Preparation of a safe and efficient antirabic vaccine - Number 44
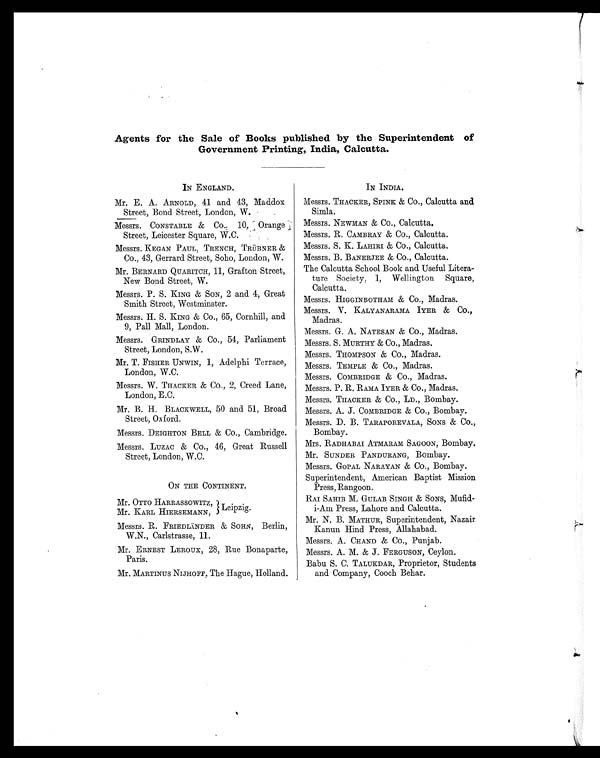
Agents for the Sale of Books published by the Superintendent of
Government Printing, India, Calcutta.
IN ENGLAND.
Mr. E. A. ARNOLD, 41 and 43, Maddox
Street, Bond Street, London, W.
Messrs. CONSTABLE & Co. 10, Orange
Street, Leicester Square, W.C.
Messrs. KEGAN PAUL, TRENCH, TRÜBNER &
Co., 43, Gerrard Street, Soho, London, W.
Mr. BERNARD QUARITCH, 11, Grafton Street,
New Bond Street, W.
Messrs. P. S. KING & SON, 2 and 4, Great
Smith Street, Westminster.
Messrs. H. S. KING & CO., 65, Cornhill, and
9, Pall Mall, London.
Messrs. GRINDLAY & Co., 54, Parliament
Street, London, S.W.
Mr. T. FISHER UNWIN, 1, Adelphi Terrace,
London, W.C.
Messrs. W. THACKER & Co., 2, Creed Lane,
London, E.C.
Mr. B. H. BLACKWELL, 50 and 51, Broad
Street, Oxford.
Messrs. DEIGHTON BELL & CO., Cambridge.
Messrs. LUZAC & Co., 46, Great Russell
Street, London, W.C.
ON THE CONTINENT.
Mr. OTTO HARRASSOWITZ, Leipzig.
Mr. KARL HIERSEMANN,
Messrs. R. FRIEDLÄNDER & SOHN, Berlin,
W.N., Carlstrasse, 11.
Mr. ERNEST LEROUX, 28, Rue Bonaparte,
Paris.
Mr. MARTINUS NIJHOFF The Hague, Holland.
IN INDIA.
Messrs. THACKER, SPINK & CO., Calcutta and
Simla.
Messrs. NEWMAN & Co., Calcutta.
Messrs. R. CAMBRAY & Co., Calcutta.
Messrs. S. K. LAHIRI & CO., Calcutta.
Messrs. B. BANERJEE & CO., Calcutta.
The Calcutta School Book and Useful Litera-
ture Society, 1, Wellington Square,
Calcutta.
Messrs. HIGGINBOTHAM & CO., Madras.
Messrs. V. KALYANARAMA IYER & CO.,
Madras.
Messrs. G. A. NATESAN & Co., Madras.
Messrs. S. MURTHY & CO., Madras.
Messrs. THOMPSON & Co., Madras.
Messrs. TEMPLE & Co., Madras.
Messrs. COMBRIDGE & CO., Madras.
Messrs. P. R. RAMA IYER & CO., Madras.
Messrs. THACKER & Co., LD., Bombay.
Messrs. A. J. COMBRIDGE & CO., Bombay.
Messrs. D. B. TARAPOREVALA, SONS & CO.,
Bombay.
Mrs. RADHABAI ATMARAM SAGOON, Bombay.
Mr. SUNDER PANDURANG, Bombay
.
Messrs. GOPAL NARAYAN & Co., Bombay.
Superintendent, American Baptist Mission
Press, Rangoon.
RAI SAHIB M. GULAB SINGH & SONS, Mufid-
i-Am Press, Lahore and Calcutta.
Mr. N. B. MATHUR, Superintendent, Nazair
Kanun Hind Press, Allahabad.
Messrs. A. CHAND & Co., Punjab.
Messrs. A. M. & J. FERGUSON, Ceylon.
Babu S. C. TALUKDAR, Proprietor, Students
and Company, Cooch Behar.